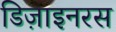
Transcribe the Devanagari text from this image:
डिज़ाइनरस